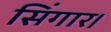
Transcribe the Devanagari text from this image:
सिंगार।